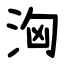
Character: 洶